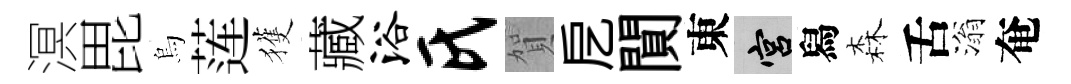
溟毘烏莲獲藏浴氏賀戹閴東宫舄森舌滃奄